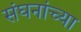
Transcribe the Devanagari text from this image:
संघनांच्या